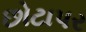
છોટાપર